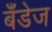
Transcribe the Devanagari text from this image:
बँडेज